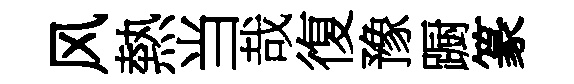
风熱当哉復豫蹰篆